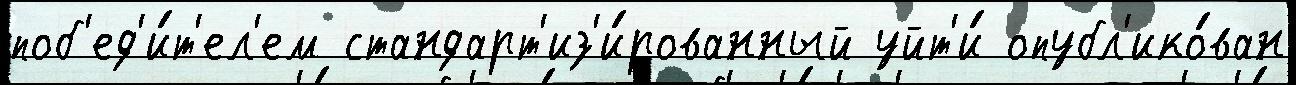
поб'ед'и́т'ел'ем стандарт'из'и́рованный уйт'и́ опубл'ико́ван